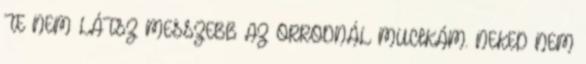
TE NEM LÁTSZ MESSZEBB AZ ORRODNÁL MUCIKÁM. NEKED NEM